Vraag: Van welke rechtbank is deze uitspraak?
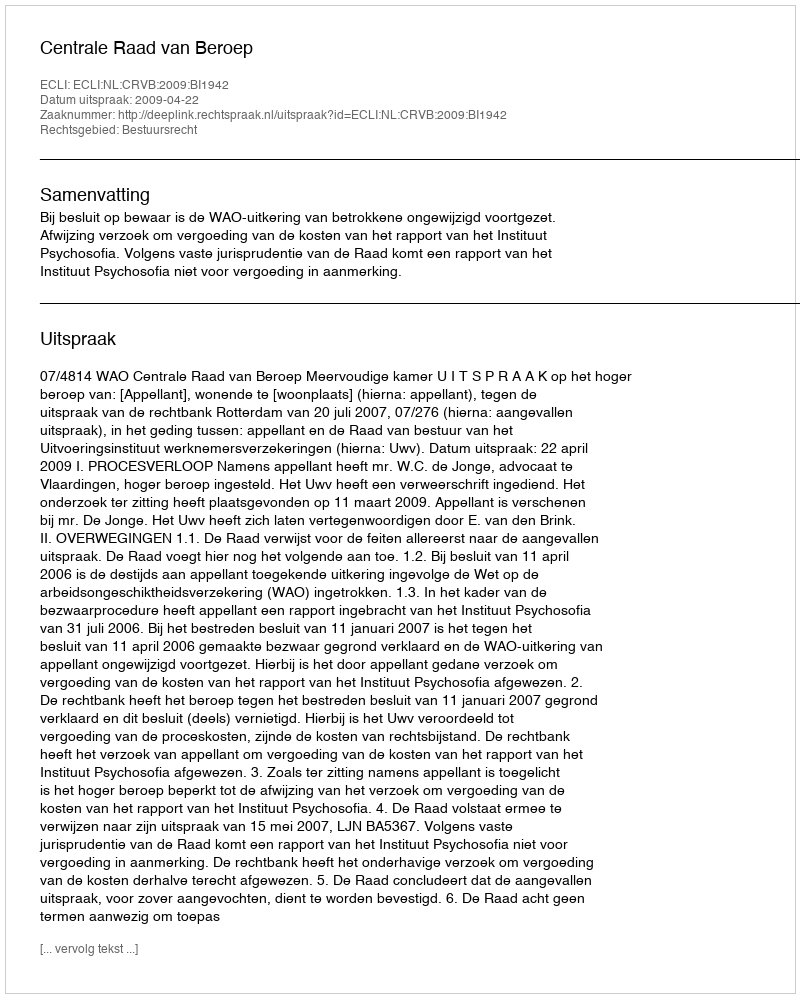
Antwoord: Centrale Raad van Beroep